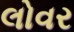
લોવર